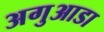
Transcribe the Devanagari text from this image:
अगुआडा